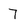
Character: 7